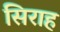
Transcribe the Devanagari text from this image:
सिराह